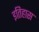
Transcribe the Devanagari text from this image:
इतिहास